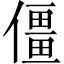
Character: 僵